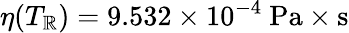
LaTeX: \eta(T_{\mathbb{R}})=9.532\times10^{-4}\ \textrm{{Pa}}\times\textrm{{s}}